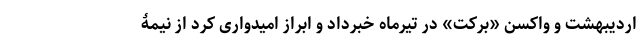
اردیبهشت و واکسن «برکت» در تیرماه خبرداد و ابراز امیدواری کرد از نیمۀ